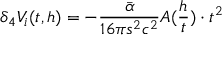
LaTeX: \delta _ { 4 } V _ { i } ( t , h ) = - \frac { \bar { \alpha } } { 1 6 \pi s ^ { 2 } c ^ { 2 } } A ( \frac { h } { t } ) \cdot t ^ { 2 }